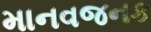
માનવજનક